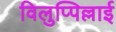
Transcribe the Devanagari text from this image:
विलुप्पिल्लाई